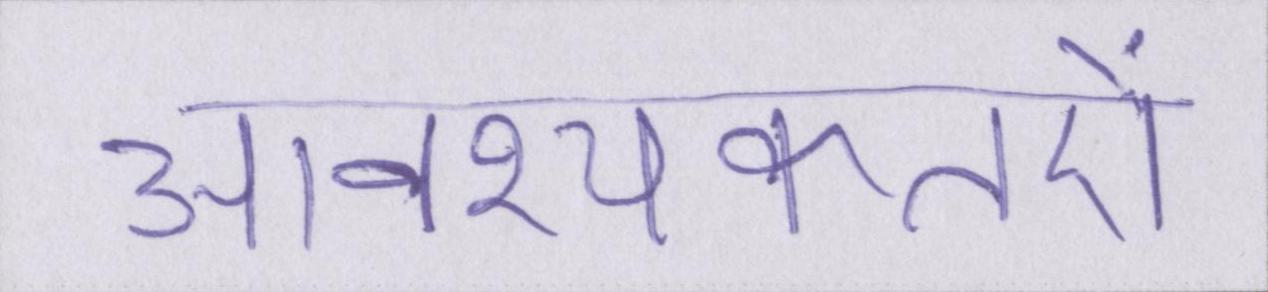
आवश्यकतऐं